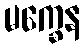
မက္ခေန